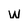
Character: w